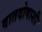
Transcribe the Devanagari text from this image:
वातदोषाशी